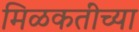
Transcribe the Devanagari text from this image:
मिळकतींच्या